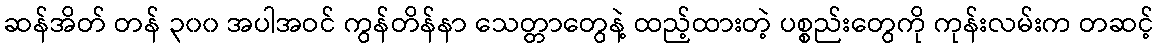
ဆန်အိတ် တန် ၃၀၀ အပါအဝင် ကွန်တိန်နာ သေတ္တာတွေနဲ့ ထည့်ထားတဲ့ ပစ္စည်းတွေကို ကုန်းလမ်းက တဆင့်